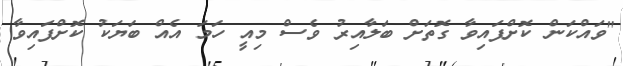
"ވައްކަން ކޮށްފައިވާ ގޮތަށް ބަލާއިރު ވެސް މިއީ ހަމަ އެއް ބަޔަކު ކޮށްފައިވާ